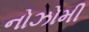
નોઝોમી